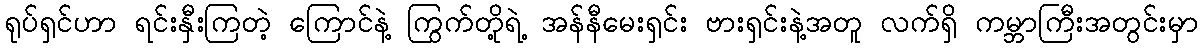
ရုပ်ရှင်ဟာ ရင်းနှီးကြတဲ့ ကြောင်နဲ့ ကြွက်တို့ရဲ့ အန်နီမေးရှင်း ဗားရှင်းနဲ့အတူ လက်ရှိ ကမ္ဘာကြီးအတွင်းမှာ